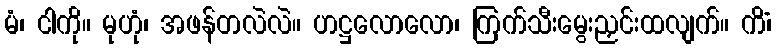
မံ၊ ငါကို။ မုဟုံ၊ အဖန်တလဲလဲ။ ဟဋ္ဌလောလော၊ ကြက်သီးမွေးညှင်းထလျက်။ ကိံ၊